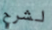
لشرح